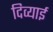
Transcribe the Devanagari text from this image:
दिव्याई